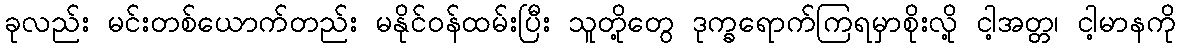
ခုလည်း မင်းတစ်ယောက်တည်း မနိုင်ဝန်ထမ်းပြီး သူတို့တွေ ဒုက္ခရောက်ကြရမှာစိုးလို့ ငါ့အတ္တ၊ ငါ့မာနကို